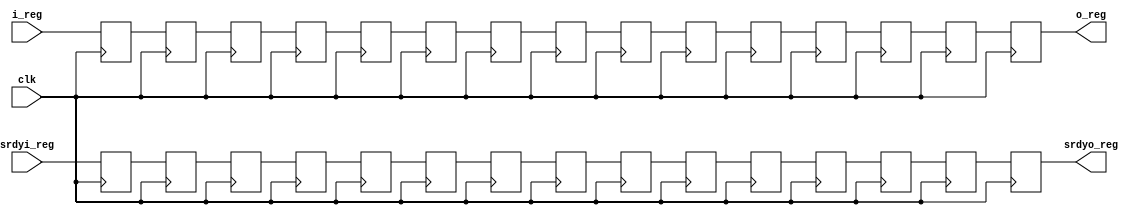
module reg_15(
	input clk,
	input [31:0] i_reg,
	input srdyi_reg,
	output srdyo_reg,
	output [31:0] o_reg
	);
	
	reg [31:0] r[0:14];
	reg en[0:14];

	always @(posedge clk) begin
		r[0] <= i_reg;
		r[1] <= r[0];
		r[2] <= r[1];
		r[3] <= r[2];
		r[4] <= r[3];
		r[5] <= r[4];
		r[6] <= r[5];
		r[7] <= r[6];
		r[8] <= r[7];
		r[9] <= r[8];
		r[10] <= r[9];
		r[11] <= r[10];
		r[12] <= r[11];
		r[13] <= r[12];
		r[14] <= r[13];

		en[0] <= srdyi_reg;
		en[1] <= en[0];
		en[2] <= en[1];
		en[3] <= en[2];
		en[4] <= en[3];
		en[5] <= en[4];
		en[6] <= en[5];
		en[7] <= en[6];
		en[8] <= en[7];
		en[9] <= en[8];
		en[10] <= en[9];
		en[11] <= en[10];
		en[12] <= en[11];
		en[13] <= en[12];
		en[14] <= en[13];

	end
	assign o_reg = r[14];
	assign srdyo_reg = en[14];
endmodule